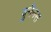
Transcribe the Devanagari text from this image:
वुमैनस